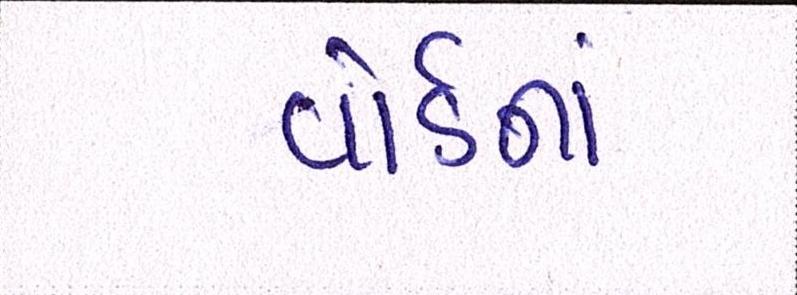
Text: વોર્ડનાં